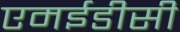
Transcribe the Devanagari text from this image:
एमईडीसी